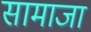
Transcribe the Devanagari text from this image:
सामाजा